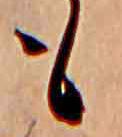
も